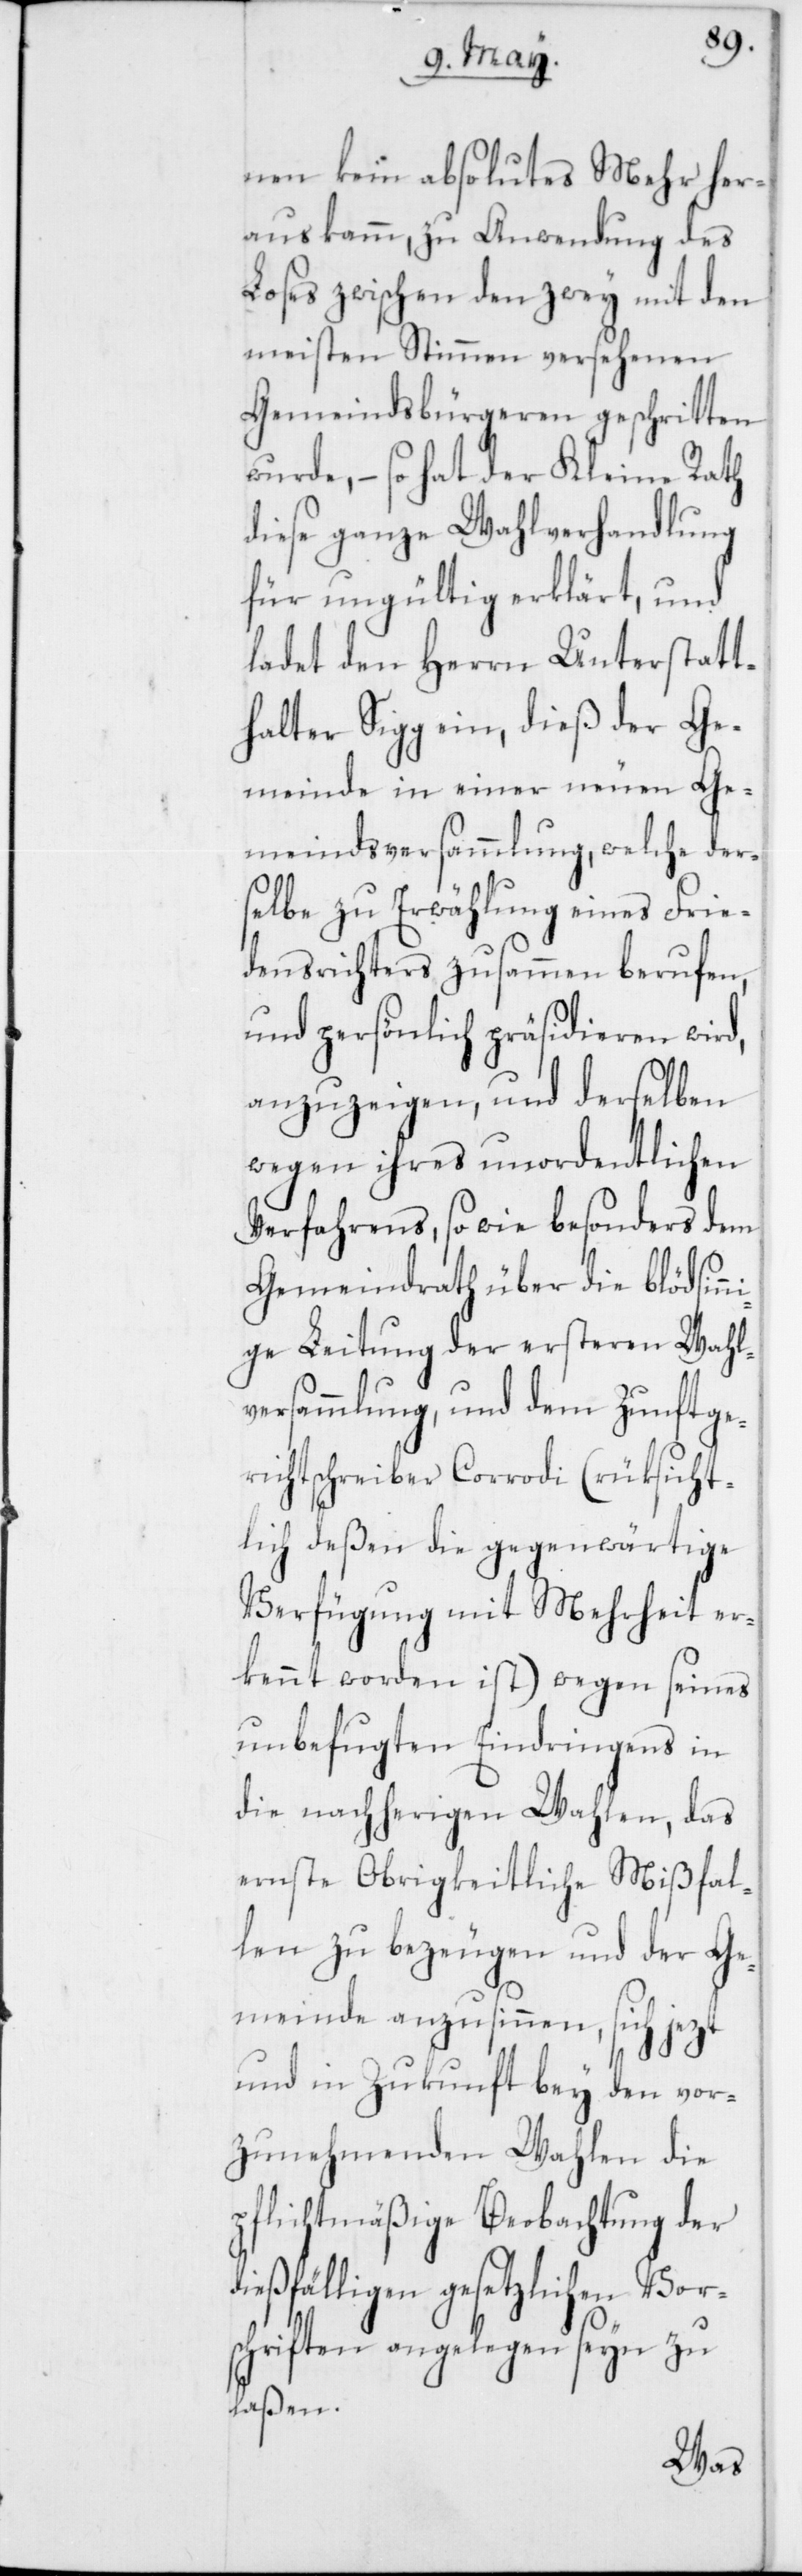
nen kein absolutes Mehr her¬
aus kamm, zu Anwendung des
Loses zwischen den zwey mit den
meisten Stimmen versehenen
Gemeindsbürgeren geschritten
wurde, – so hat der Kleine Rath
diese ganze Wahlverhandlung
für ungültig erklärt, und
ladet den Herrn Unterstatt¬
halter Sigg ein, dieß der Ge¬
meinde in einer neuen Ge¬
meindsversammlung, welche ders¬
elbe zu Erwählung eines Frie¬
densrichters zusammenberufen
und persönlich präsidieren wird,
anzuzeigen, und derselben
wegen ihres unordentlichen
Verfahrens, so wie besonders dem
Gemeindrath über die blödsinn¬
ige Leitung der ersteren Wahl¬
versammlung, und dem Zunftge¬
richtschreiber Corrodi (rüksicht¬
lich deßen die gegenwärtige
Verfügung mit Mehrheit er¬
kennt worden ist) wegen seines
unbefugten Eindringens in
die nachherigen Wahlen, das
ernste Obrigkeitliche Mißfal¬
len zu bezeugen und der Ge¬
meinde anzusinnen, sich jezt
und in Zukunft bey den vor¬
zunehmenden Wahlen die
pflichtmäßige Beobachtung der
eßfälligen gesetzlichen Vor¬
schriften angelegen seyn zu
laßen.
di¬